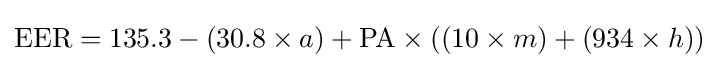
{\text{EER}}=135.3-(30.8\times a)+{\text{PA}}\times ((10\times m)+(934\times h))